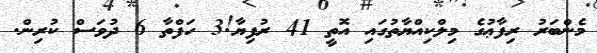
މެންބަރު ރިފާޢުގެ މިލްކިއްޔާތުގައި އޮތީ 41 ރުފިޔާ!3 ހަފްތާ 6 ދުވަސް ކުރިން.